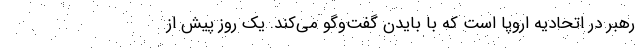
رهبر در اتحادیه اروپا است که با بایدن گفت‌وگو می‌کند. یک روز پیش از